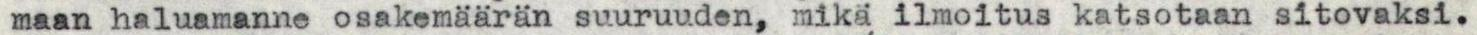
maan haluamanne osakemäärän suuruuden, mikä ilmoitus katsotaan sitovaksi.